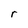
Character: r